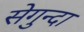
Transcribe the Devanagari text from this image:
सेगुन्दा